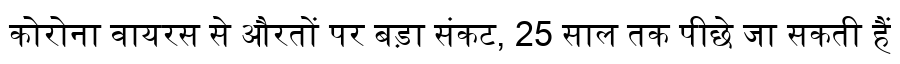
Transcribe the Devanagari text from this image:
कोरोना वायरस से औरतों पर बड़ा संकट, 25 साल तक पीछे जा सकती हैं